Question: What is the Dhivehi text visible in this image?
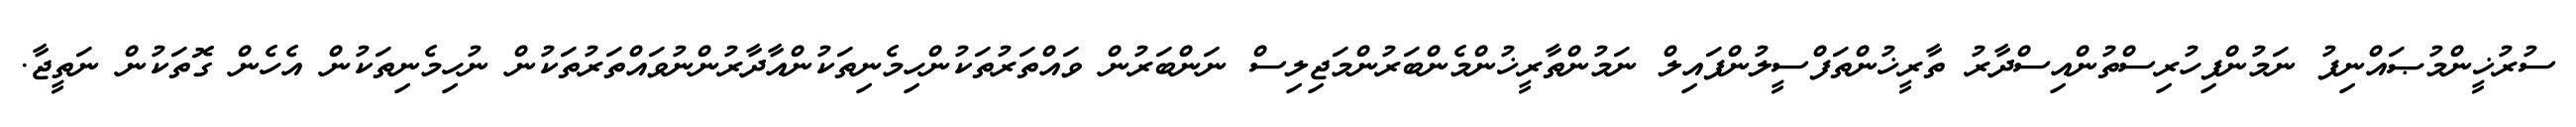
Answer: ސުރުޚީންމުޞައްނިފު ނަމުންފިހުރިސްތުންއިސްދާރު ތާރީޚުންތަފްސީލުންފައިލް ނަމުންތާރީޚުންމެންބަރުންމަޖިލިސް ނަންބަރުން ވައްތަރުތަކުންހިމެނިތަކުންއާދާރުންނުވައްތަރުތަކުން ނުހިމެނިތަކުން އެހެން ގޮތަކުން ނަތީޖާ.